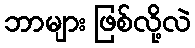
ဘာများ ဖြစ်လို့လဲ